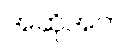
အဆိုအက